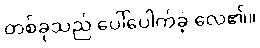
တစ်ခုသည် ပေါ်ပေါက်ခဲ့ လေ၏။